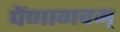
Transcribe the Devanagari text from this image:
पेंणागवम्